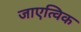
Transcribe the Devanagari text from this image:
जाएत्विक